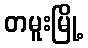
တမူးမြို့